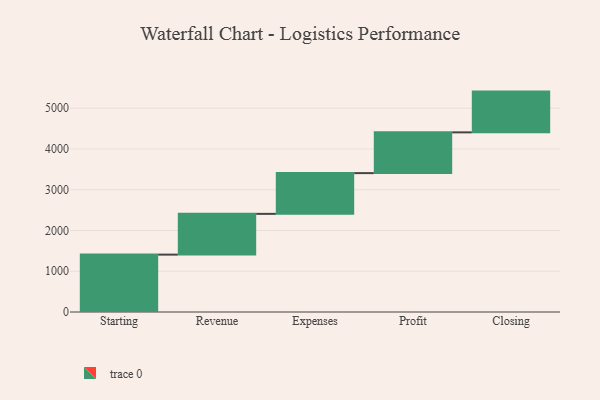
{"axis": {"x": "Step", "y": "Value"}, "legend": [""], "data": [{"x": "Starting", "y": 1408.0, "type": ""}, {"x": "Revenue", "y": 1000, "type": ""}, {"x": "Expenses", "y": 1000, "type": ""}, {"x": "Profit", "y": 1000, "type": ""}, {"x": "Closing", "y": 1000, "type": ""}]}